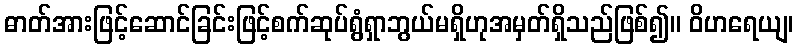
ဓာတ်အားဖြင့်ဆောင်ခြင်းဖြင့်စက်ဆုပ်ရွံရှာဘွယ်မရှိဟုအမှတ်ရှိသည်ဖြစ်၍။ ဝိဟရေယျ၊